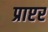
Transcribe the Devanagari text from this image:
प्राप्टर